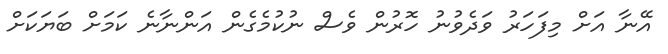
އޭނާ އަށް މިފަހަރު ވަދެވުނު ހޮރުން ވެސް ނުކުމެގެން އަންނާނެ ކަމަށް ބަޔަކަށް